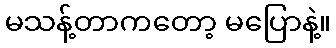
မသန့်တာကတော့ မပြောနဲ့။